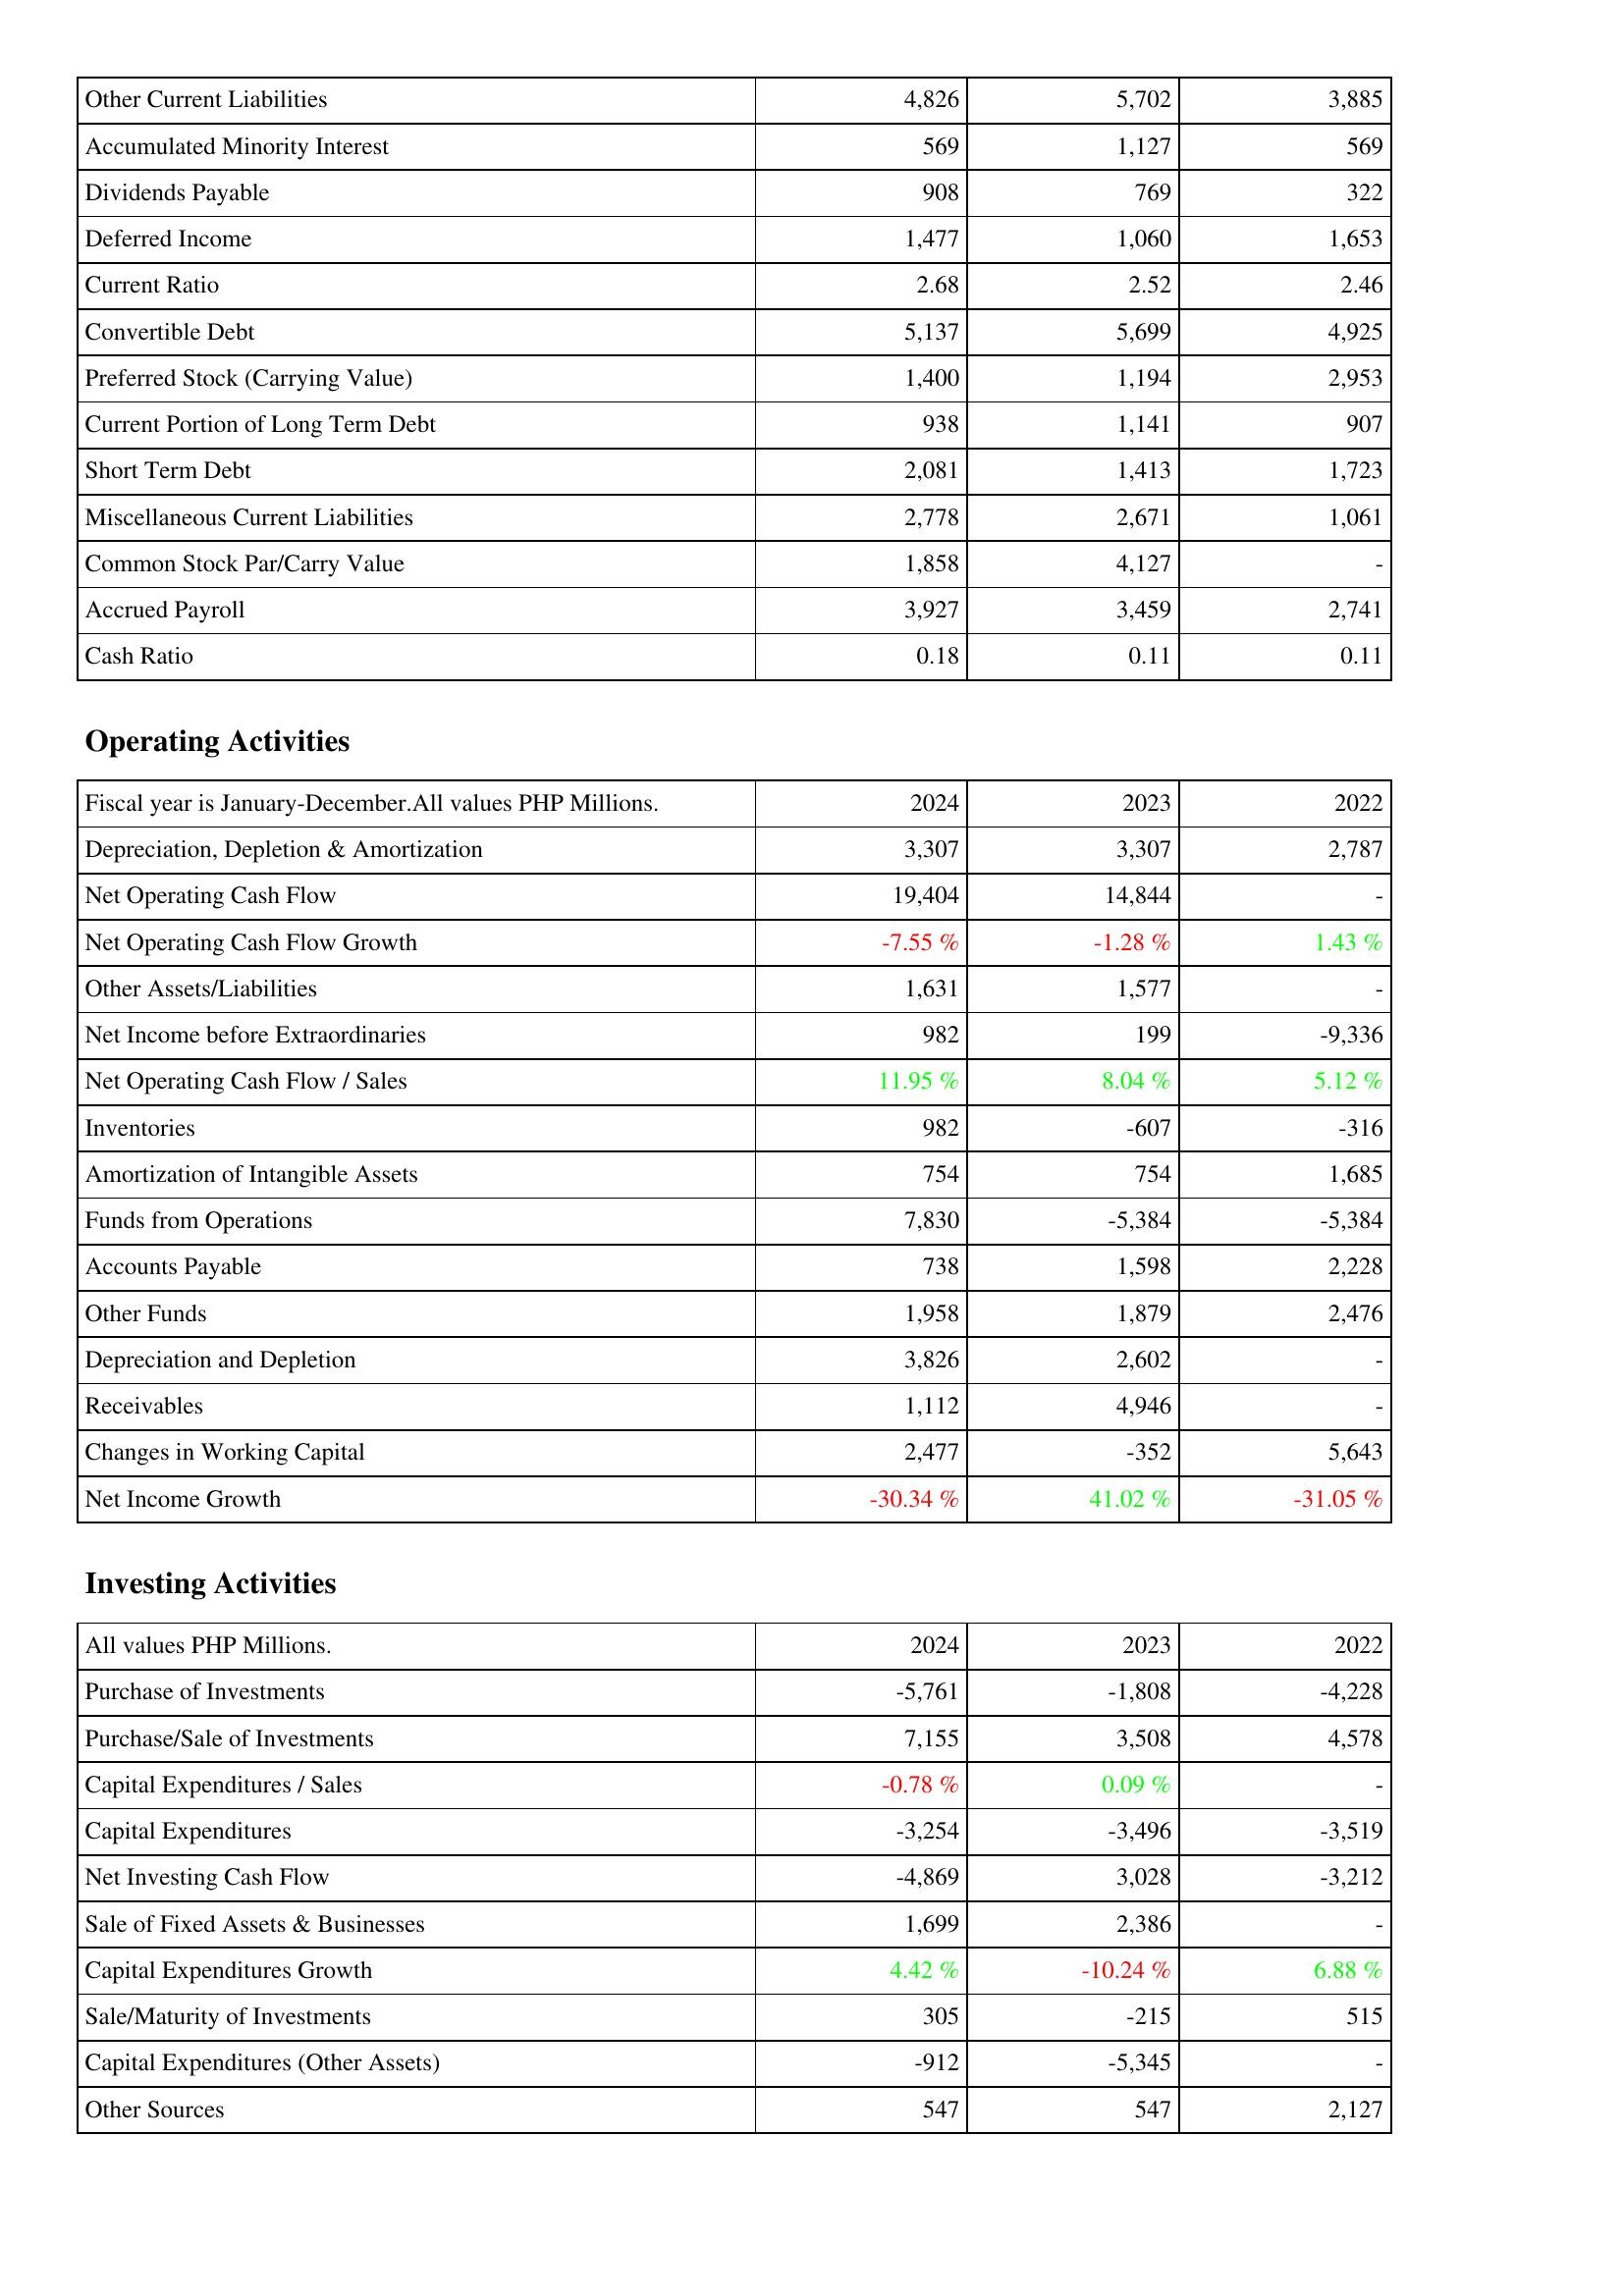
2024: Liabilities & Shareholders' Equity: Other Current Liabilities: 4,826
Accumulated Minority Interest: 569
Dividends Payable: 908
Deferred Income: 1,477
Current Ratio: 2.68
Convertible Debt: 5,137
Preferred Stock (Carrying Value): 1,400
Current Portion of Long Term Debt: 938
Short Term Debt: 2,081
Miscellaneous Current Liabilities: 2,778
Common Stock Par/Carry Value: 1,858
Accrued Payroll: 3,927
Cash Ratio: 0.18
Operating Activities: Depreciation, Depletion & Amortization: 3,307
Net Operating Cash Flow: 19,404
Net Operating Cash Flow Growth: -7.55 %
Other Assets/Liabilities: 1,631
Net Income before Extraordinaries: 982
Net Operating Cash Flow / Sales: 11.95 %
Inventories: 982
Amortization of Intangible Assets: 754
Funds from Operations: 7,830
Accounts Payable: 738
Other Funds: 1,958
Depreciation and Depletion: 3,826
Receivables: 1,112
Changes in Working Capital: 2,477
Net Income Growth: -30.34 %
Investing Activities: Purchase of Investments: -5,761
Purchase/Sale of Investments: 7,155
Capital Expenditures / Sales: -0.78 %
Capital Expenditures: -3,254
Net Investing Cash Flow: -4,869
Sale of Fixed Assets & Businesses: 1,699
Capital Expenditures Growth: 4.42 %
Sale/Maturity of Investments: 305
Capital Expenditures (Other Assets): -912
Other Sources: 547
2023: Liabilities & Shareholders' Equity: Other Current Liabilities: 5,702
Accumulated Minority Interest: 1,127
Dividends Payable: 769
Deferred Income: 1,060
Current Ratio: 2.52
Convertible Debt: 5,699
Preferred Stock (Carrying Value): 1,194
Current Portion of Long Term Debt: 1,141
Short Term Debt: 1,413
Miscellaneous Current Liabilities: 2,671
Common Stock Par/Carry Value: 4,127
Accrued Payroll: 3,459
Cash Ratio: 0.11
Operating Activities: Depreciation, Depletion & Amortization: 3,307
Net Operating Cash Flow: 14,844
Net Operating Cash Flow Growth: -1.28 %
Other Assets/Liabilities: 1,577
Net Income before Extraordinaries: 199
Net Operating Cash Flow / Sales: 8.04 %
Inventories: -607
Amortization of Intangible Assets: 754
Funds from Operations: -5,384
Accounts Payable: 1,598
Other Funds: 1,879
Depreciation and Depletion: 2,602
Receivables: 4,946
Changes in Working Capital: -352
Net Income Growth: 41.02 %
Investing Activities: Purchase of Investments: -1,808
Purchase/Sale of Investments: 3,508
Capital Expenditures / Sales: 0.09 %
Capital Expenditures: -3,496
Net Investing Cash Flow: 3,028
Sale of Fixed Assets & Businesses: 2,386
Capital Expenditures Growth: -10.24 %
Sale/Maturity of Investments: -215
Capital Expenditures (Other Assets): -5,345
Other Sources: 547
2022: Liabilities & Shareholders' Equity: Other Current Liabilities: 3,885
Accumulated Minority Interest: 569
Dividends Payable: 322
Deferred Income: 1,653
Current Ratio: 2.46
Convertible Debt: 4,925
Preferred Stock (Carrying Value): 2,953
Current Portion of Long Term Debt: 907
Short Term Debt: 1,723
Miscellaneous Current Liabilities: 1,061
Common Stock Par/Carry Value: -
Accrued Payroll: 2,741
Cash Ratio: 0.11
Operating Activities: Depreciation, Depletion & Amortization: 2,787
Net Operating Cash Flow: -
Net Operating Cash Flow Growth: 1.43 %
Other Assets/Liabilities: -
Net Income before Extraordinaries: -9,336
Net Operating Cash Flow / Sales: 5.12 %
Inventories: -316
Amortization of Intangible Assets: 1,685
Funds from Operations: -5,384
Accounts Payable: 2,228
Other Funds: 2,476
Depreciation and Depletion: -
Receivables: -
Changes in Working Capital: 5,643
Net Income Growth: -31.05 %
Investing Activities: Purchase of Investments: -4,228
Purchase/Sale of Investments: 4,578
Capital Expenditures / Sales: -
Capital Expenditures: -3,519
Net Investing Cash Flow: -3,212
Sale of Fixed Assets & Businesses: -
Capital Expenditures Growth: 6.88 %
Sale/Maturity of Investments: 515
Capital Expenditures (Other Assets): -
Other Sources: 2,127